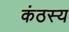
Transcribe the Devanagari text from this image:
कंठस्य